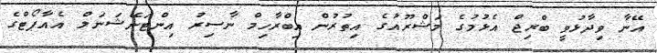
އޭނާ ވިދާޅުވީ ބްރިޖް އެޅުމުގެ މަޝްރޫއުގެ އިތުރުން އިބްރާހިމް ނާސިރު އިންޓަނޭޝަނަލް އެއާޕޯޓްގެ